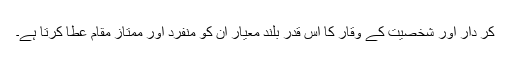
کر دار اور شخصیت کے وقار کا اس قدر بلند معیار ان کو منفرد اور ممتاز مقام عطا کرتا ہے۔